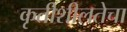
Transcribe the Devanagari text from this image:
कृतीशीलतेचा